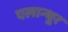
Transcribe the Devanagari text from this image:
एलान्थूर